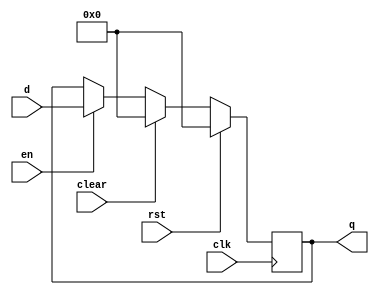
`timescale 1ns / 1ps

//flip-flop with enable,rst,clear
module flopenrc #(parameter WIDTH = 8)(
	input wire clk,rst,en,clear,
	input wire[WIDTH-1:0] d,
	output reg[WIDTH-1:0] q
    );
	always @(posedge clk) begin
		if(rst) begin
			q <= 0;
		end else if(clear) begin
			q <= 0;
		end else if(en) begin
			q <= d;
		end
	end
endmodule